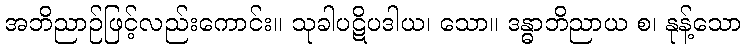
အဘိညာဉ်ဖြင့်လည်းကောင်း။ သုခါပဋိပဒါယ၊ သော။ ဒန္ဓာဘိညာယ စ၊ နုန့်သော